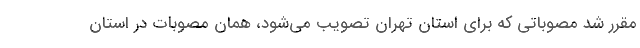
مقرر شد مصوباتی که برای استان تهران تصویب می‌شود، همان مصوبات در استان